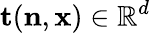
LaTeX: \mathbf{t}(\mathbf{n},\mathbf{x})\in\mathbb{R}^{d}